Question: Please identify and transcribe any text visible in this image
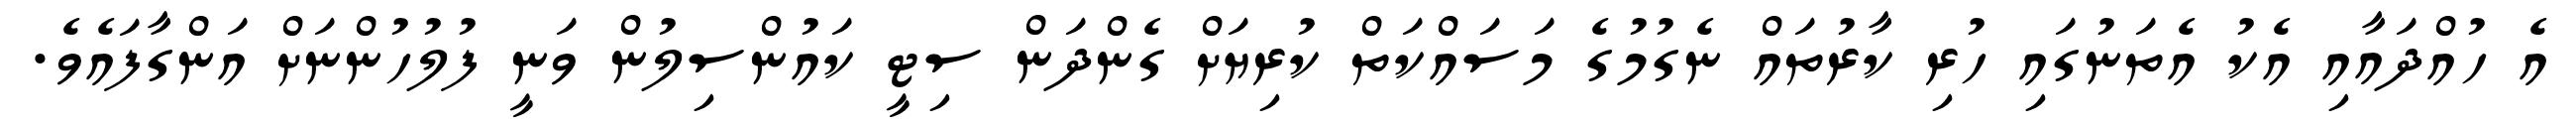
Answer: އެ ހުއްދައާއި އެކު އެތަނުގައި ހުރި ކާރުތައް ނެގުމުގެ މަސައްކަތް ކުރިޔަށް ގެންދަން ސިޓީ ކައުންސިލުން ވަނީ ފުލުހުންނަށް އަންގާފައެވެ.